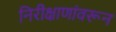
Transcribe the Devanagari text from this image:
निरीक्षाणांवरून